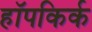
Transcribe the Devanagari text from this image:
हॉपकिर्क